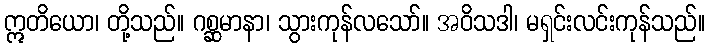
ဣတိယော၊ တို့သည်။ ဂစ္ဆမာနာ၊ သွားကုန်လသော်။ အဝိသဒါ၊ မရှင်းလင်းကုန်သည်။